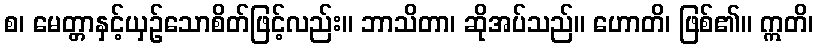
စ၊ မေတ္တာနှင့်ယှဉ်သောစိတ်ဖြင့်လည်း။ ဘာသိတာ၊ ဆိုအပ်သည်။ ဟောတိ၊ ဖြစ်၏။ ဣတိ၊